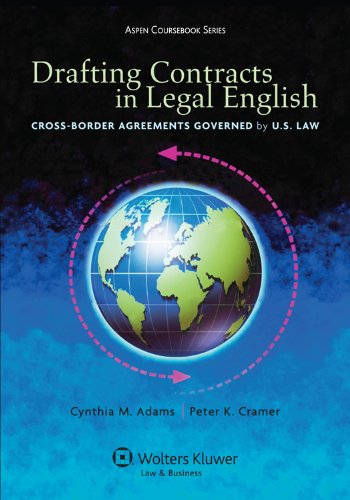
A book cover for Drafting Contracts in Legal English: Cross-Border Agreements Governed by U.S. Law (Aspen Coursebook Series); Cynthia M. Adams; Law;